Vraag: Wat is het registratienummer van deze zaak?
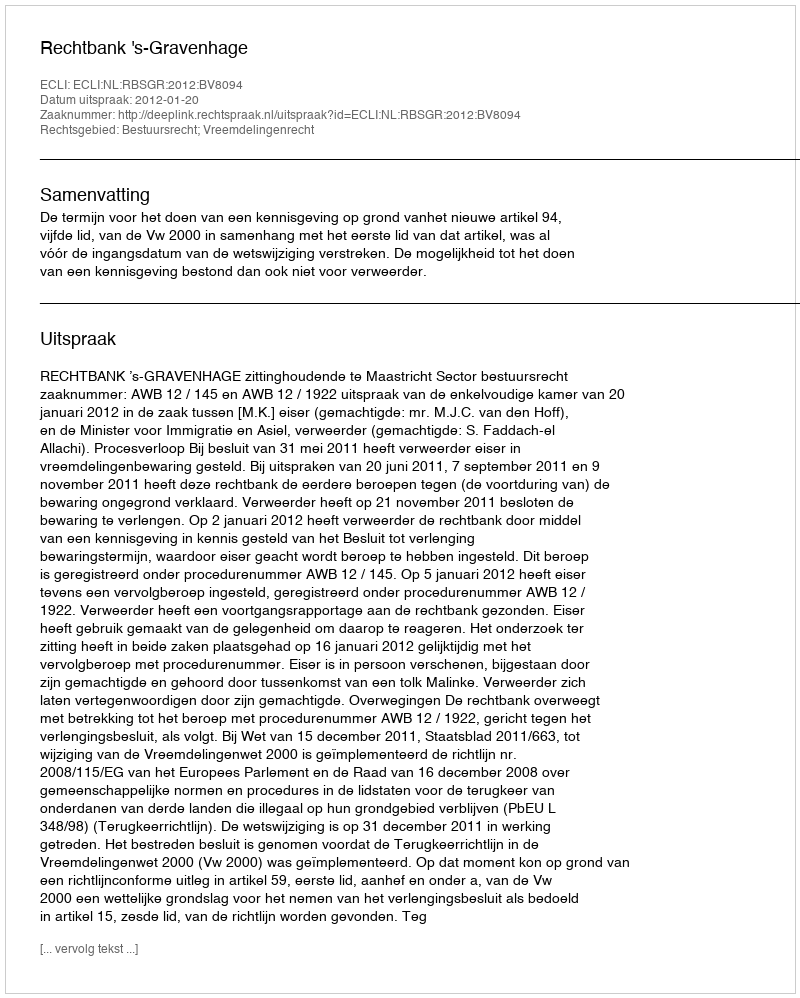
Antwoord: http://deeplink.rechtspraak.nl/uitspraak?id=ECLI:NL:RBSGR:2012:BV8094